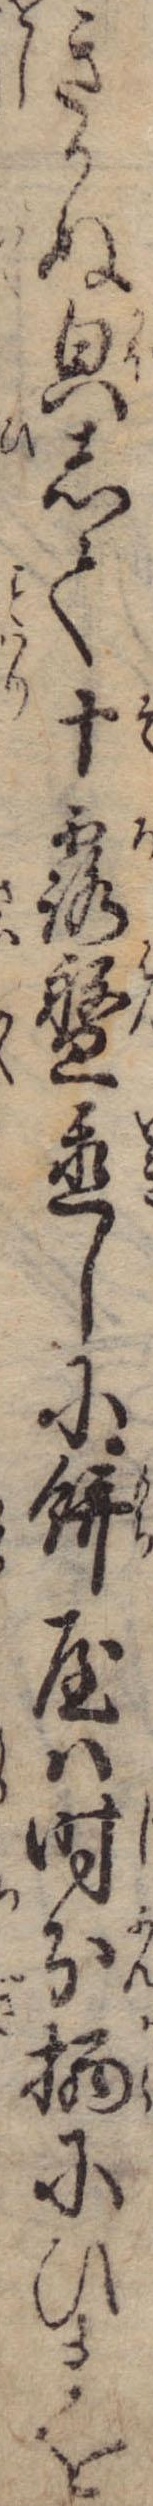
きかぬ貌して十露盤置しに餅屋は時分柄にひまを